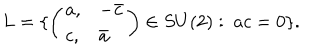
L = \{ \left( \begin{array} { l l } { { a , } } & { { - \bar { c } } } \\ { { c , } } & { { \bar { a } } } \\ \end{array} \right) \in S U ( 2 ) : \ a c = 0 \} .